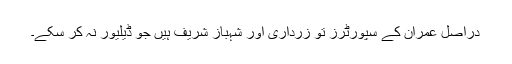
دراصل عمران کے سپورٹرز تو زرداری اور شہباز شریف ہیں جو ڈیلیور نہ کر سکے۔